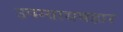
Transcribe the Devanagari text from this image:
उपन्यासबहार